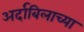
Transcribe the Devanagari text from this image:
अर्दाबिलाच्या